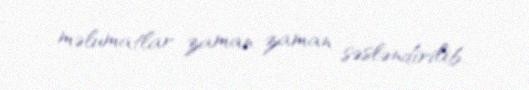
məlumatlar zaman-zaman səsləndirilib.